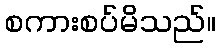
စကားစပ်မိသည်။